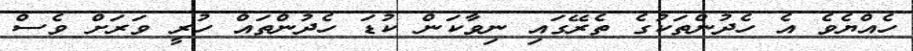
ހެއްޔެވެ އެ ހެދުންތަކުގެ ތެރޭގައި ނިވާކަން ކުޑަ ހެދުންތައް ހުރީ ވަރަށް ވެސް